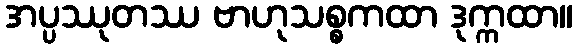
အပ္ပဿုတဿ ဗာဟုသစ္စကထာ ဒုက္ကထာ။